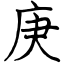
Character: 庚